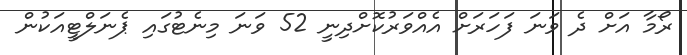
ރޯމާ އަށް ދެ ވަނަ ފަހަރަށް އެއްވަރުކޮށްދިނީ 52 ވަނަ މިނެޓުގައި ޕެނަލްޓީއަކުން